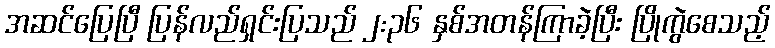
အဆင်ပြေပြီ ပြန်လည်ရှင်းပြသည် ၂:၃၆ နှစ်အတန်ကြာခဲ့ပြီး ပြိုကွဲစေသည့်